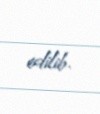
edilib.